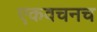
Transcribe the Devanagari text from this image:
एकवचनच